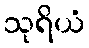
သုရိယံ